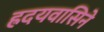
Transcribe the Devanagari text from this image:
ह्रदयवासिने